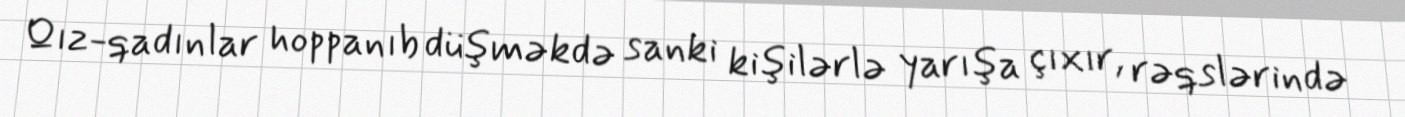
Qız-qadınlar hoppanıb düşməkdə sanki kişilərlə yarışa çıxır, rəqslərində